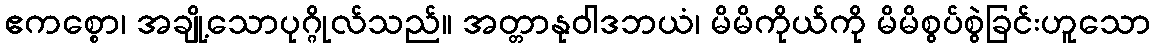
ဧကစ္စော၊ အချို့သောပုဂ္ဂိုလ်သည်။ အတ္တာနုဝါဒဘယံ၊ မိမိကိုယ်ကို မိမိစွပ်စွဲခြင်းဟူသော